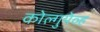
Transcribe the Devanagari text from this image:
कोल्गुयेव्ह